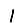
Digit: 1